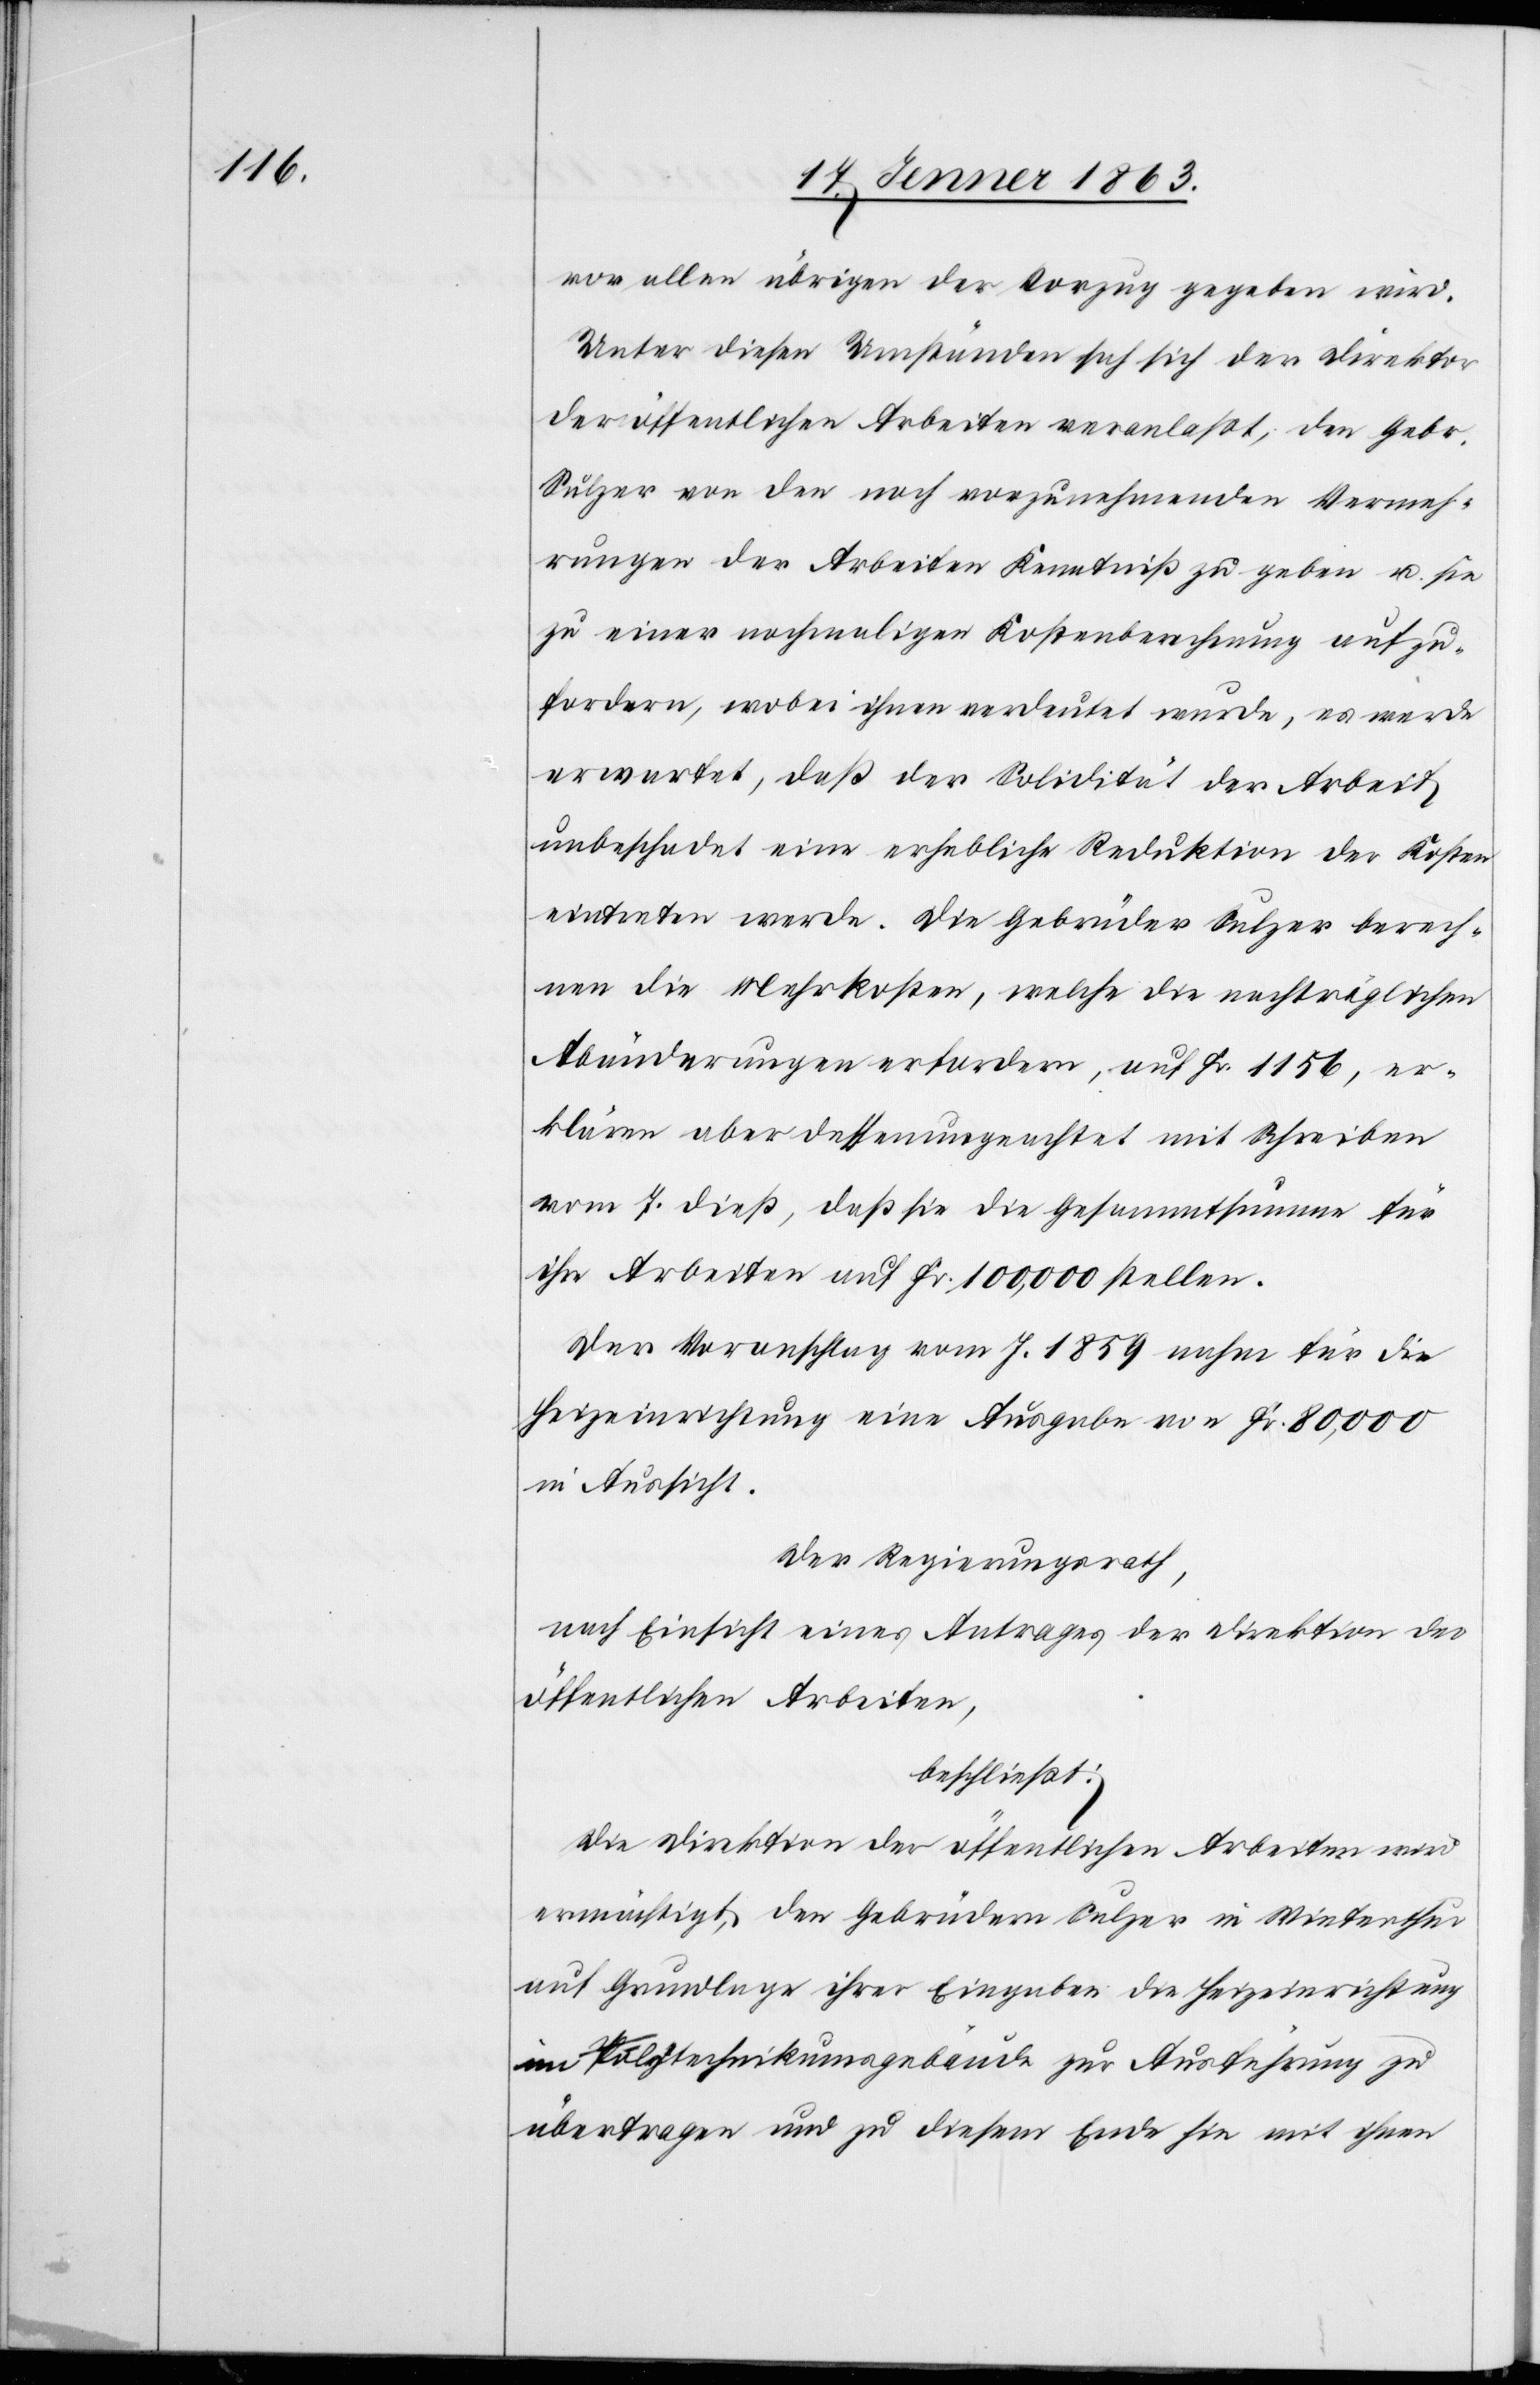
vor allen übrigen der Vorzug gegeben wird.
Unter diesen Umständen hat sich der Direktor
der öffentlichen Arbeiten veranlaßt, den Gebr.
Sulzer von den noch vorzunehmenden Vermeh¬
rungen der Arbeiten Kenntniß zu geben u. sie
zu einer nochmaligen Kostenberechnung aufzu¬
fordern, wobei ihnen verdeutet wurde, es werde
erwartet, daß der Solidität der Arbeit
unbeschadet eine erhebliche Reduktion der Kosten
eintreten werde. Die Gebrüder Sulzer berech¬
nen die Mehrkosten, welche die nachträglichen
Abänderungen erfordern, auf Fr. 1156, er¬
klären aber dessenungeachtet mit Schreiben
vom 7. dieß, daß sie die Gesammtsumme für
ihre Arbeiten auf Fr. 100,000 stellen.
Der Voranschlag vom J. 1859 nahm für die
Heizeinrichtung eine Ausgabe von Fr. 80,000
in Aussicht.
Der Regierungsrath,
nach Einsicht eines Antrages der Direktion der
öffentlichen Arbeiten,
beschließt:
Die Direktion der öffentlichen Arbeiten wird
ermächtigt, den Gebrüdern Sulzer in Winterthur
auf Grundlage ihrer Eingaben die Heizeinrichtung
im Polytechnikumsgebäude zur Ausführung zu
übertragen und zu diesem Ende hin mit ihnen